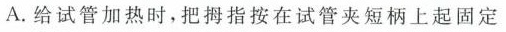
A.给试管加热时，把拇指按在试管夹短柄上起固定